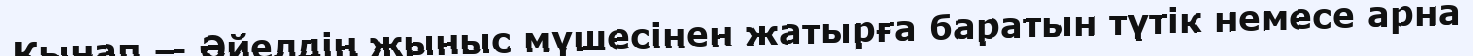
Қынап — Әйелдің жыныс мүшесінен жатырға баратын түтік немесе арна